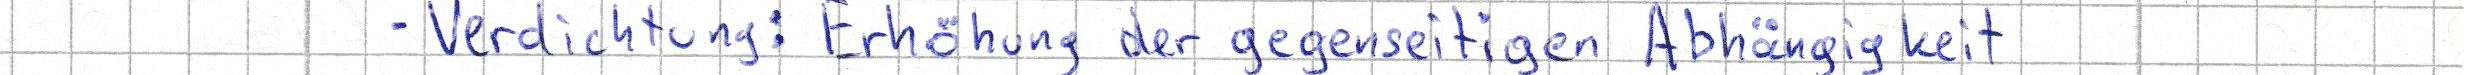
- Verdichtung: Erhöhung der gegenseitigen Abhängigkeit